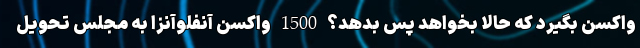
واکسن بگیرد که حالا بخواهد پس بدهد؟ 1500 واکسن آنفلوآنزا به مجلس تحویل